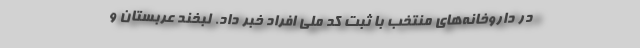
در داروخانه‌های منتخب با ثبت کد ملی افراد خبر داد. لبخند عربستان و